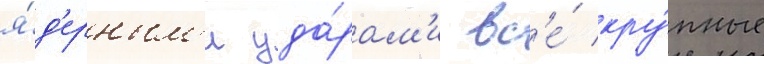
я́д'ерным'и уда́рам'и вс'е́ кру́пные